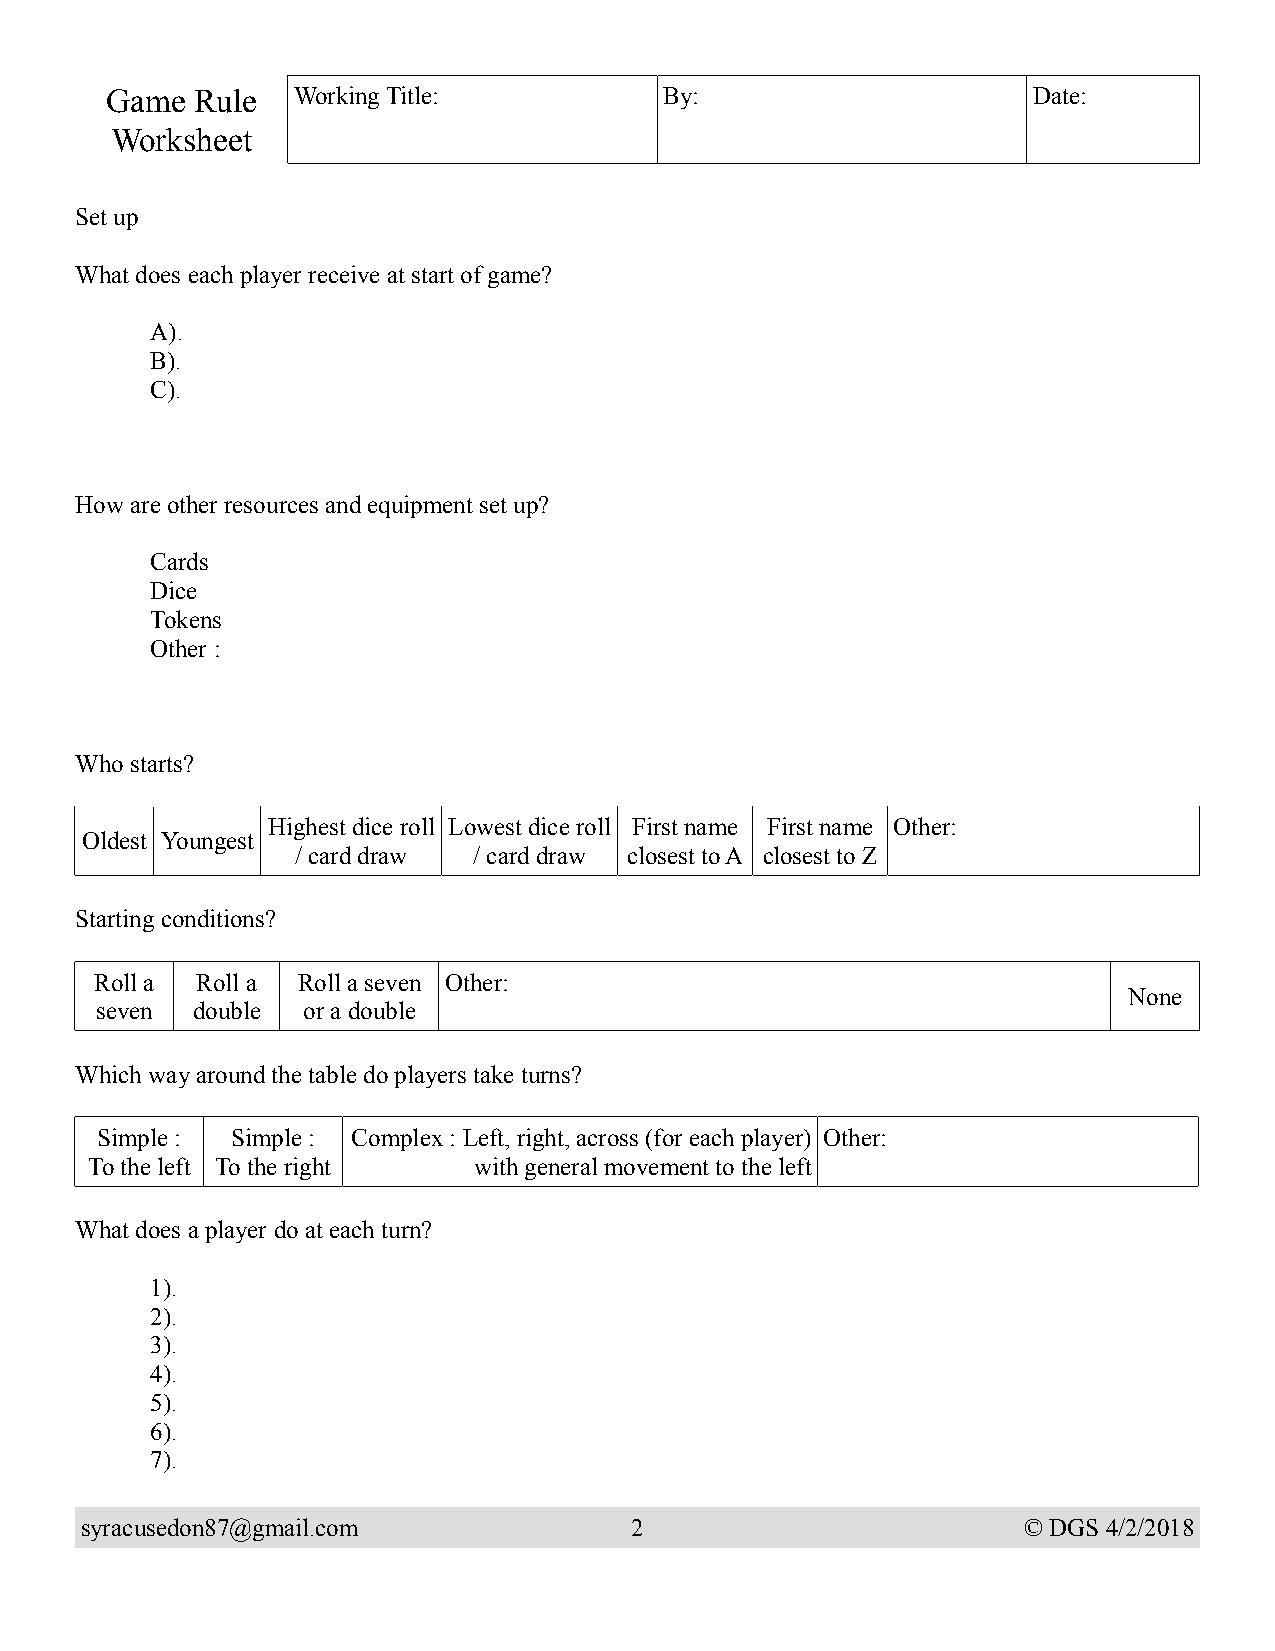
Game  Rule  Working Title:           By:                     Date:
 Worksheet
 Set up
 What does each player receive at start of game?
 A).
 B).
 C).
 How are other resources and equipment set up?
 Cards
 Dice
 Tokens
 Other :
 Who starts?
 Highest dice roll Lowest dice roll First name First name Other:
 Oldest Youngest
 / card draw / card draw closest to A closest to Z
 Starting conditions?
 Roll a Roll a Roll a seven Other:
 None
 seven  double or a double
 Which way around the table do players take turns?
 Simple : Simple : Complex : Left, right, across (for each player) Other:
 To the left To the right with general movement to the left
 What does a player do at each turn?
 1).
 2).
 3).
 4).
 5).
 6).
 7).
 syracusedon87@gmail.com              2                         © DGS 4/2/2018